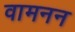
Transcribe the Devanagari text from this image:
वामनन